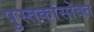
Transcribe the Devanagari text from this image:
पुस्तकांसोबत